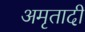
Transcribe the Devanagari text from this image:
अमृतादी